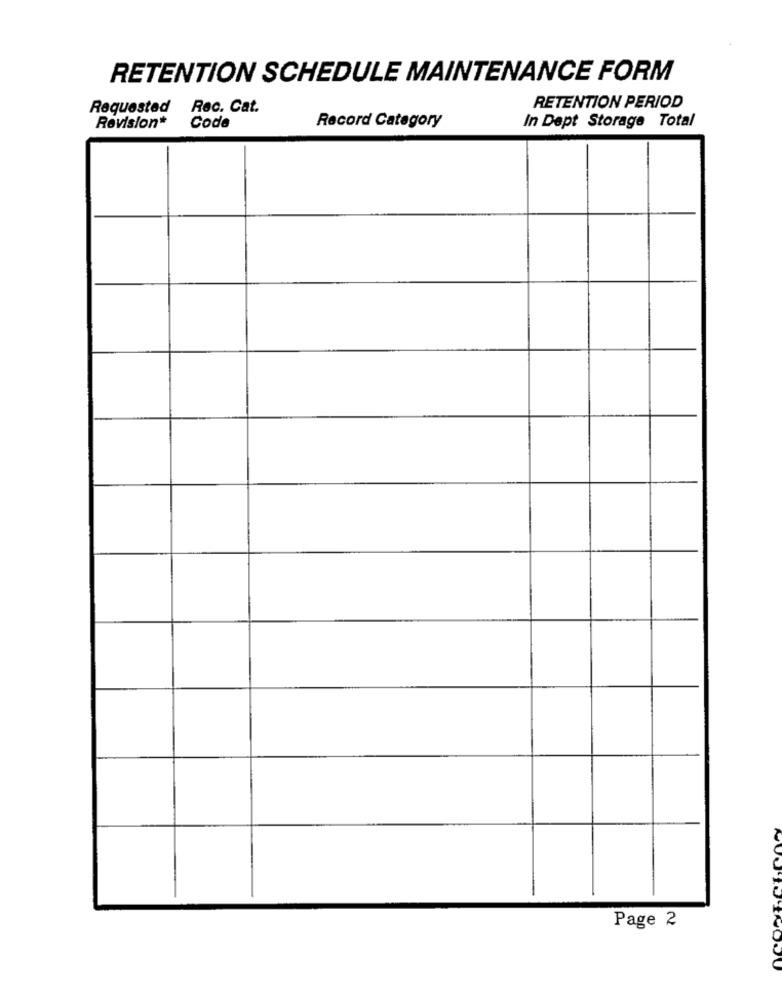
RETENTION SCHEDULE MAINTENANCE FORM
Requested
Rec. Cat.
RETENTION PERIOD
In Dept Storage Total
Revision*
Code
Record Category
Page 2